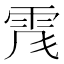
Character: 𩂑